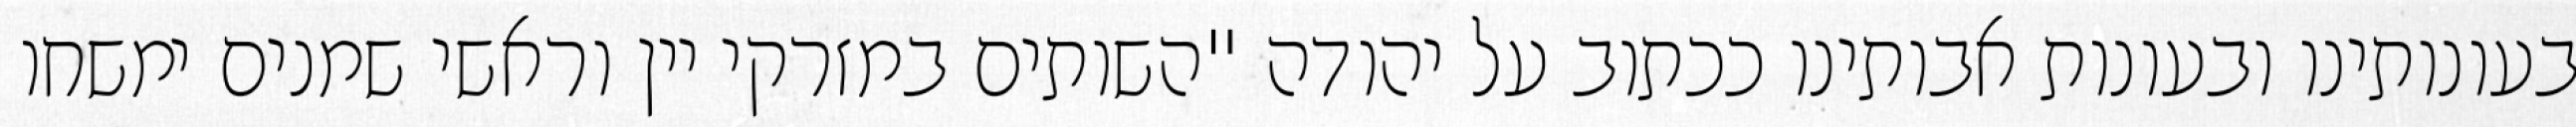
בעונותינו ובעונות אבותינו ככתוב על יהודה "השותים במזרקי יין וראשי‏ שמנים ימשחו